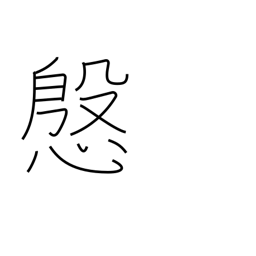
Meaning: courtesy